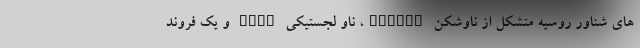
های شناور روسیه متشکل از ناوشکن Stoiky، ناو لجستیکی KoLa و یک فروند